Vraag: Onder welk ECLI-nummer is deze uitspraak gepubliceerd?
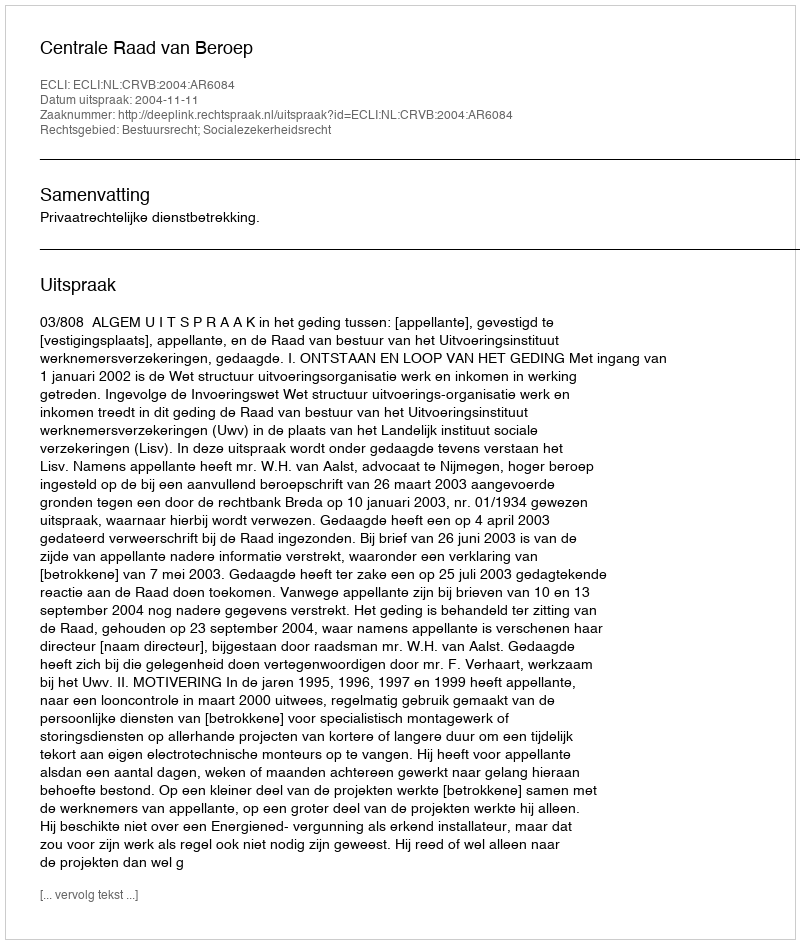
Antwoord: ECLI:NL:CRVB:2004:AR6084